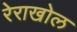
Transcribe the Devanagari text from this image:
रेराखोल